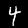
Digit: 4